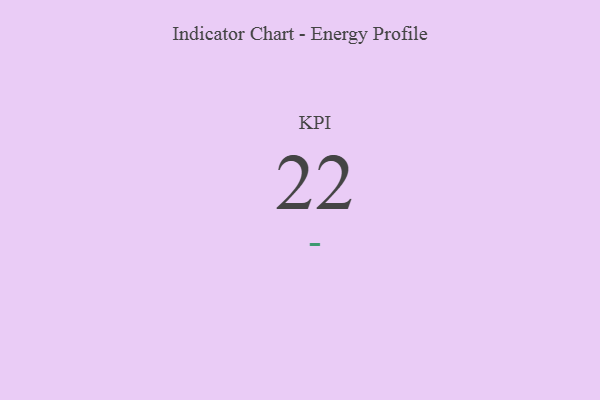
{"axis": {"x": "KPI", "y": "Value"}, "legend": [""], "data": [{"x": "KPI", "y": 22, "type": ""}]}